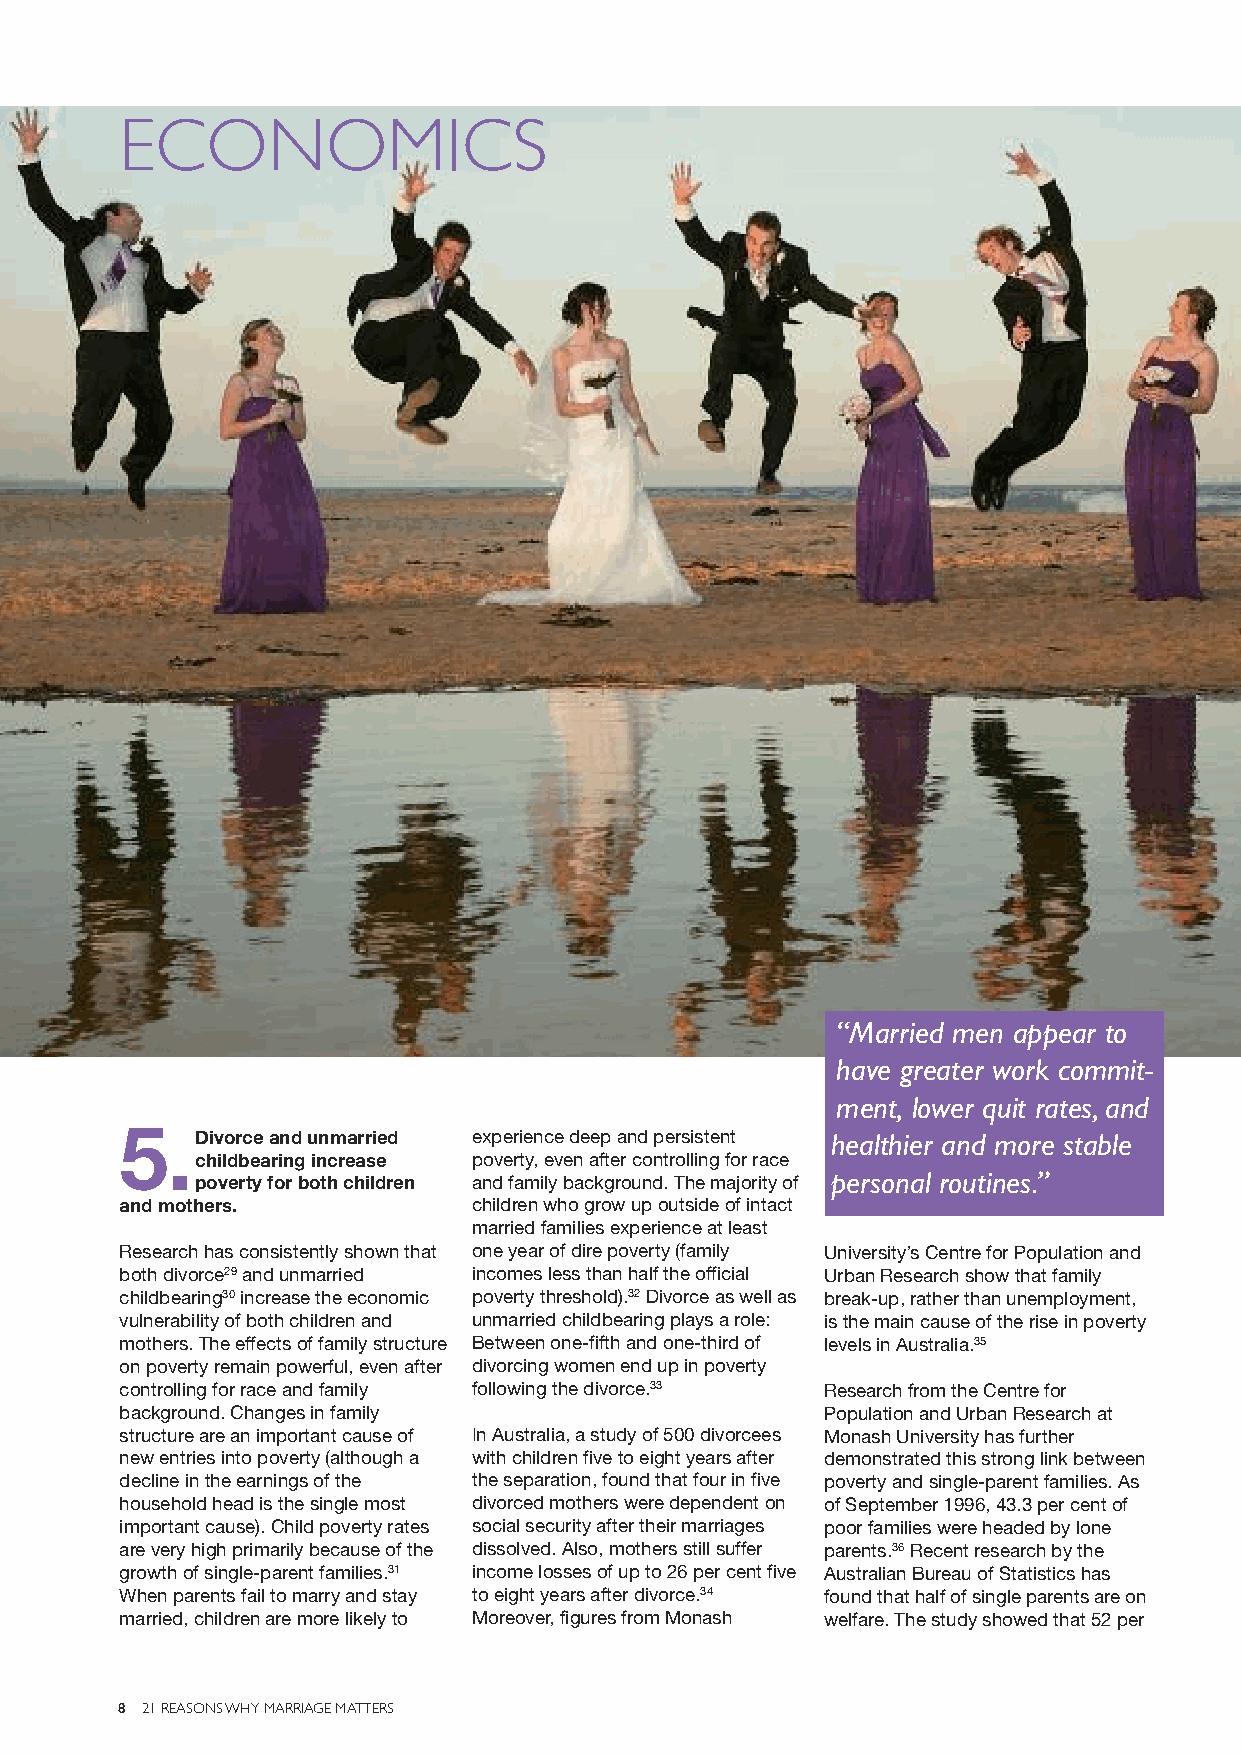
ECONOMICS
 “Married men appear to
 have greater work commit-
 ment, lower quit rates, and
 5.
 Divorce and unmarried experience deep and persistent
 healthier and more stable
 childbearing increase poverty, even after controlling for race
 poverty for both children and family background. The majority of personal routines.”
 and mothers.           children who grow up outside of intact
 married families experience at least
 Research has consistently shown that one year of dire poverty (family University’s Centre for Population and
 both divorce29and unmarried incomes less than half the official Urban Research show that family
 childbearing30increase the economic poverty threshold).32Divorce as well as break-up, rather than unemployment,
 vulnerability of both children and unmarried childbearing plays a role: is the main cause of the rise in poverty
 mothers. The effects of family structure Between one-fifth and one-third of levels in Australia.35
 on poverty remain powerful, even after divorcing women end up in poverty
 controlling for race and family following the divorce.33 Research from the Centre for
 background. Changes in family                  Population and Urban Research at
 structure are an important cause of In Australia, a study of 500 divorcees Monash University has further
 new entries into poverty (although a with children five to eight years after demonstrated this strong link between
 decline in the earnings of the the separation, found that four in five poverty and single-parent families. As
 household head is the single most divorced mothers were dependent on of September 1996, 43.3 per cent of
 important cause). Child poverty rates social security after their marriages poor families were headed by lone
 are very high primarily because of the dissolved. Also, mothers still suffer parents.36Recent research by the
 growth of single-parent families.31 income losses of up to 26 per cent five Australian Bureau of Statistics has
 When parents fail to marry and stay to eight years after divorce.34 found that half of single parents are on
 married, children are more likely to Moreover, figures from Monash welfare. The study showed that 52 per
 8 21 REASONS WHY MARRIAGE MATTERS